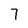
Character: 7